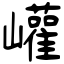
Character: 巏